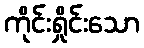
ကိုင်းရှိုင်းသော